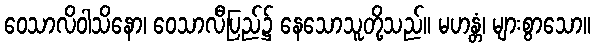
ဝေသာလိဝါသိနော၊ ဝေသာလီပြည်၌ နေသောသူတို့သည်။ မဟန္တံ၊ များစွာသော။